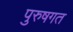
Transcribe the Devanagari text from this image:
पुरुषगत